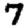
Digit: 7